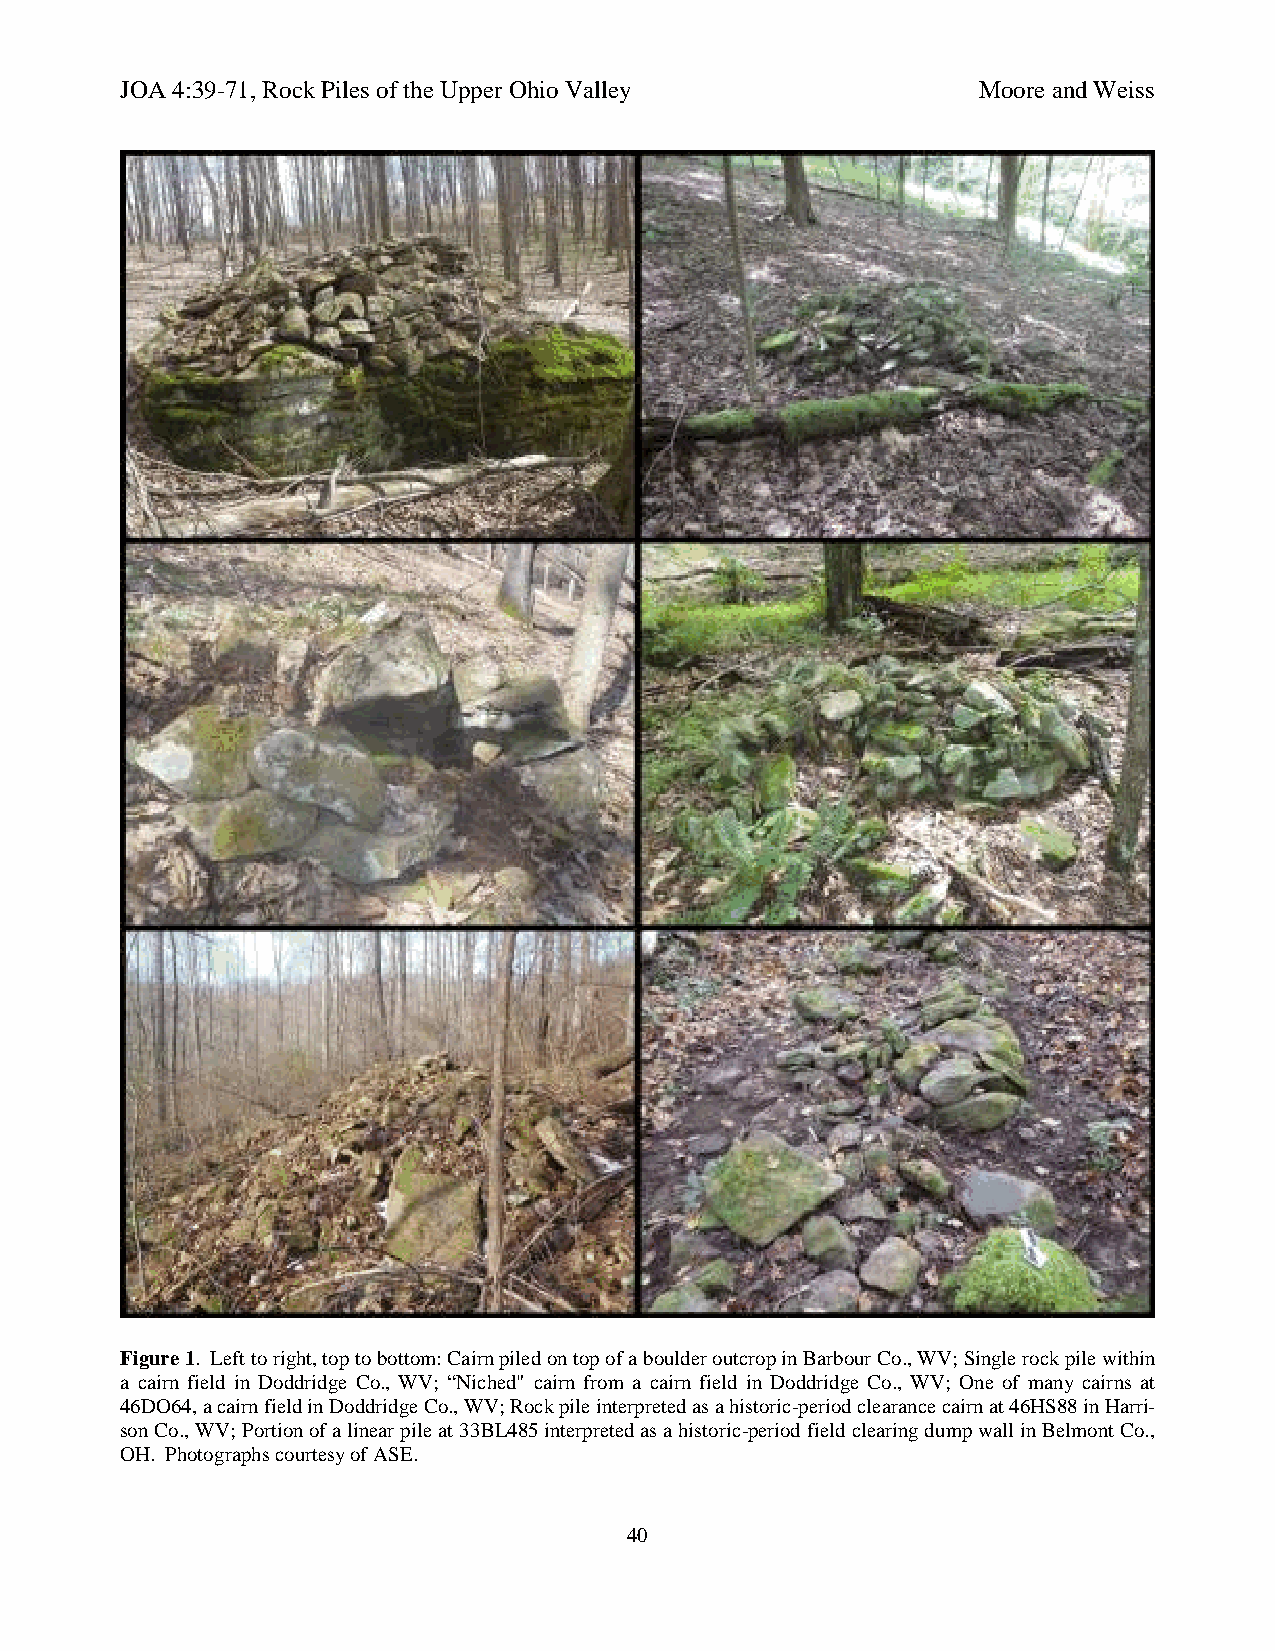
JOA 4:39-71, Rock Piles of the Upper Ohio Valley         Moore and Weiss
 Figure 1. Left to right, top to bottom: Cairn piled on top of a boulder outcrop in Barbour Co., WV; Single rock pile within
 a cairn field in Doddridge Co., WV; “Niched" cairn from a cairn field in Doddridge Co., WV; One of many cairns at
 46DO64, a cairn field in Doddridge Co., WV; Rock pile interpreted as a historic-period clearance cairn at 46HS88 in Harri-
 son Co., WV; Portion of a linear pile at 33BL485 interpreted as a historic-period field clearing dump wall in Belmont Co.,
 OH. Photographs courtesy of ASE.
 40